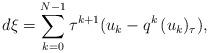
LaTeX: \begin{align*}d \xi=\sum_{k=0}^{N-1}\tau^{k+1}(u_k-q^k\,(u_k)_\tau),\end{align*}